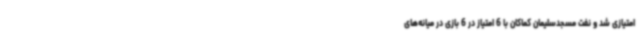
امتیازی شد و نفت مسجدسلیمان کماکان با 6 امتیاز در 6 بازی در میانه‌های